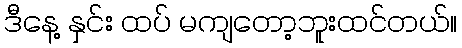
ဒီနေ့ နှင်း ထပ် မကျတော့ဘူးထင်တယ်။